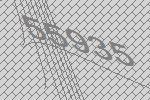
55935